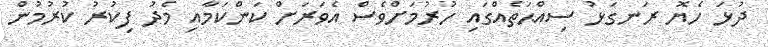
ދުޅަ ހެޔޮ ރަނގަޅު ސިއްޙަތެއްގައި ހުރުމަށްވެސް އެވަރަށް ކަންކަމާއި މެދު ފިކުރު ކުރުމުން